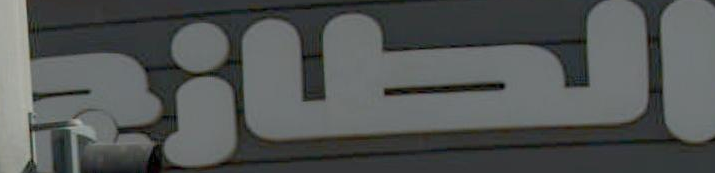
الطازج